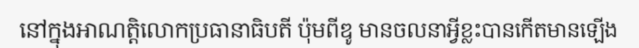
នៅក្នុងអាណត្តិលោកប្រធានាធិបតី ប៉ុមពីឌូ មានចលនាអ្វីខ្លះបានកើតមានឡើង